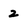
Character: 2